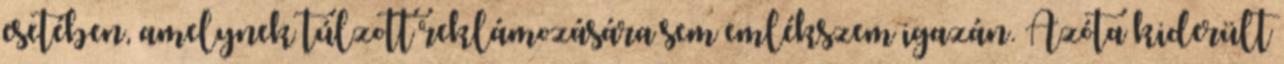
esetében, amelynek túlzott reklámozására sem emlékszem igazán. Azóta kiderült